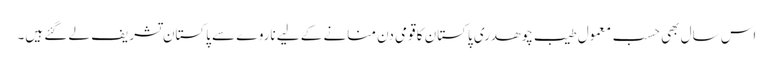
اس سال بھی حسب معمول طیب چوھدری پاکستان کا قومی دن منانے کے لیے ناروے سے پاکستان تشریف لے گئے ہیں۔